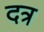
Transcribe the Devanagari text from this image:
दत्र